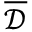
\overline { { \mathcal { D } } }